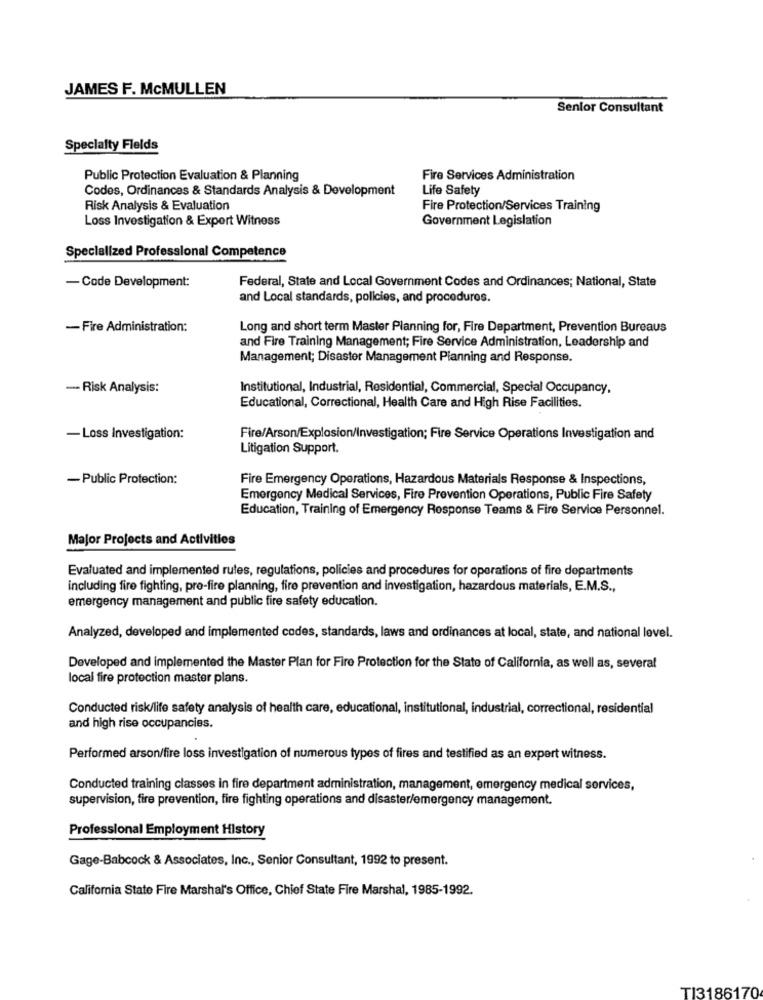
JAMES F. McMULLEN
Senior Consultant
Specialty Fields
Public Protection Evaluation & Planning
Fire Services Administration
Codes, Ordinances & Standards Analysis & Development
Life Safety
Risk Analysis & Evaluation
Fire Protection/Services Training
Loss Investigation & Expert Witness
Government Legislation
Specialized Professional Competence
Federal, State and Local Government Codes and Ordinances; National, State
-Code Development:
and Local standards, policies, and procedures.
-Fire Administration:
Long and short term Master Planning for, Fire Department, Prevention Bureaus
and Fire Training Management; Fire Service Administration, Leadership and
Management; Disaster Management Planning and Response.
- Risk Analysis:
Institutional, Industrial, Residential, Commercial, Special Occupancy,
Educational, Correctional, Health Care and High Rise Facilities.
-Loss Investigation:
Fire/Arson/Explosion/Investigation; Fire Service Operations Investigation and
Litigation Support.
- Public Protection:
Fire Emergency Operations, Hazardous Materials Response & Inspections,
Emergency Medical Services, Fire Prevention Operations, Public Fire Safety
Education, Training of Emergency Response Teams & Fire Service Personnel.
Major Projects and Activities
Evaluated and implemented rutes, regulations, policies and procedures for operations of fire departments
including fire fighting, pre-fire planning, fire prevention and investigation, hazardous materials, E.M.S .,
emergency management and public fire safety education.
Analyzed, developed and implemented codes, standards, laws and ordinances at local, state, and national level.
Developed and implemented the Master Plan for Fire Protection for the State of California, as well as, several
local fire protection master plans.
Conducted risk/life safety analysis of health care, educational, institutional, industrial, correctional, residential
and high rise occupancies.
Performed arson/fire loss investigation of numerous types of fires and testified as an expert witness.
Conducted training classes in fire department administration, management, emergency medical services,
supervision, fire prevention, fire fighting operations and disaster/emergency management.
Professional Employment History
Gage-Babcock & Associates, Inc ., Senior Consultant, 1992 to present.
California State Fire Marshal's Office, Chief State Fire Marshal, 1985-1992.
TI3186170